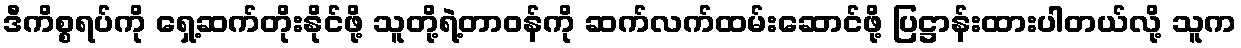
ဒီကိစ္စရပ်ကို ရှေ့ဆက်တိုးနိုင်ဖို့ သူတို့ရဲ့တာဝန်ကို ဆက်လက်ထမ်းဆောင်ဖို့ ပြဋ္ဌာန်းထားပါတယ်လို့ သူက